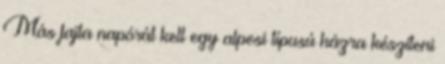
Más fajta napórát kell egy alpesi típusú házra készíteni